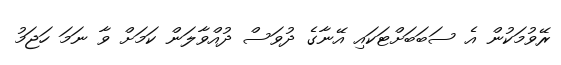
ރޭވުމަކުން އެ ސަބަބަށްޓަކައި އޭނާގެ ދުވަސް ދުއްވާލަން ކަމަށް ވާ ނަމަ ހަޖަމު